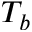
T _ { b }